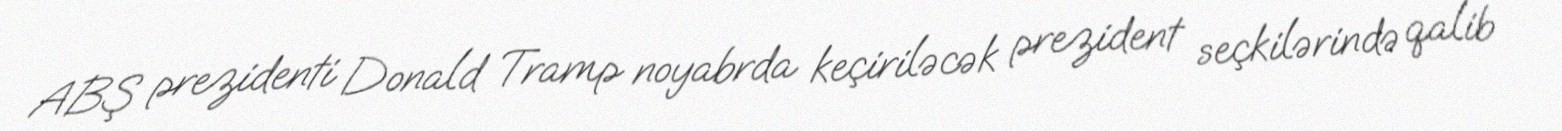
ABŞ prezidenti Donald Tramp noyabrda keçiriləcək prezident seçkilərində qalib